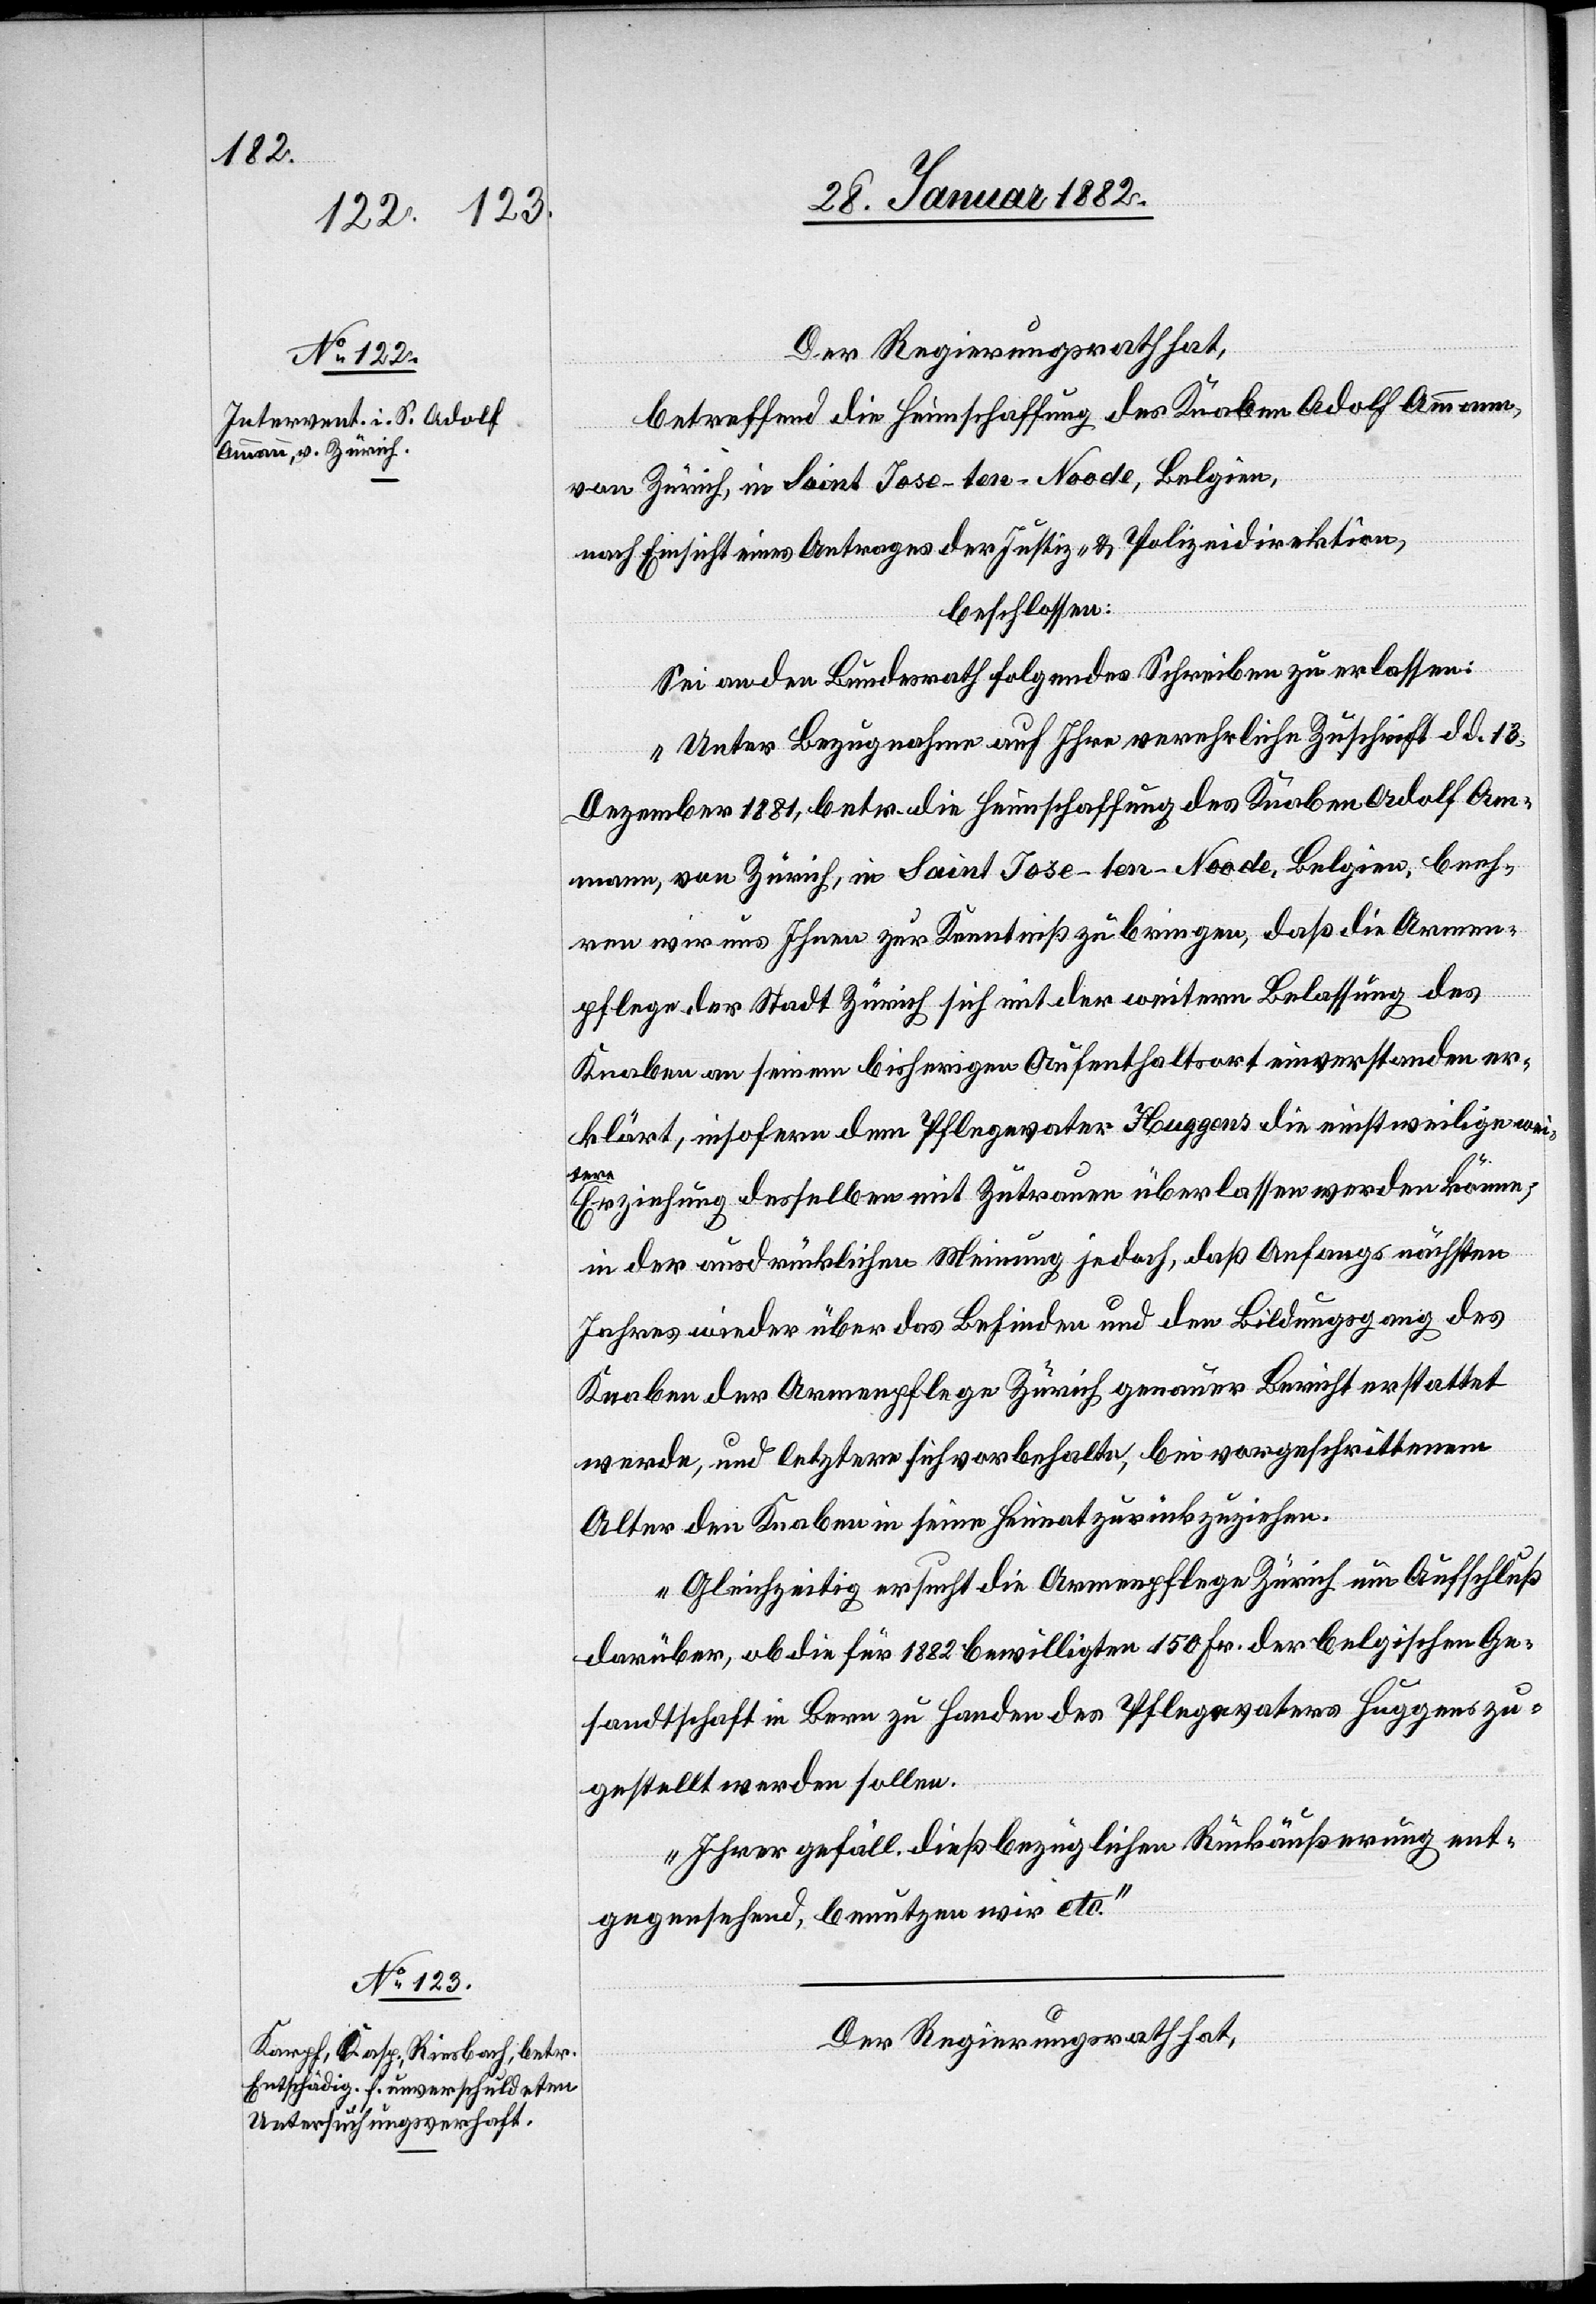
Der Regierungsrath hat,
betreffend die Heimschaffung des Knaben Adolf Ammann,
von Zürich, in Saint Jose-ten-Noode, Belgien,
nach Einsicht eines Antrages der Justiz- & Polizeidirektion,
beschlossen:
Sei an den Bundesrath folgendes Schreiben zu erlassen:
„Unter Bezugnahme auf Ihre verehrliche Zuschrift d. d. 13.
Dezember 1881, betr. die Heimschaffung des Knaben Adolf Am¬
mann, von Zürich, in Saint Jose-ten-Noode, beeh¬
ren wir uns Ihnen zur Kenntniß zu bringen, daß die Armen¬
pflege der Stadt Zürich sich mit der weitern Belassung des
Knaben an seinem bisherigen Aufenthaltsort einverstanden er¬
klärt, insofern dem Pflegevater Huggens die einstweilige wei¬
tere
Erziehung desselben mit Zutrauen überlassen werden könne;
in der ausdrücklichen Meinung jedoch, daß Anfangs nächsten
Jahres wieder über das Befinden und den Bildungsgang des
Knaben der Armenpflege Zürich genauer Bericht erstattet
werde, und letztere sich vorbehalte, bei vorgeschrittenem
Alter den Knaben in seine Heimat zurückzuziehen.
Gleichzeitig ersuchen die Armenpflege Zürich um Aufschluß
darüber, ob die für 1882 bewilligten 150 Fr. der belgischen Ge¬
sandtschaft in Bern zu Handen des Pflegevaters Huggens zu¬
gestellt werden wollen.
Ihrer gefäll. dießbezüglichen Rückäußerung ent¬
gegensehend, benutzen wir etc.“
Der Regierungsrath hat,